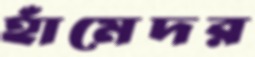
হাঁমেদর